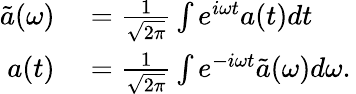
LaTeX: \begin{array}{rl}{\tilde{a}(\omega)}&{{}=\frac{1}{\sqrt{2\pi}}\int e^{i\omega t}a(t)dt\, }\\ {a(t)}&{{}=\frac{1}{\sqrt{2\pi}}\int e^{-i\omega t}\tilde{a}(\omega)d\omega.\, }\end{array}